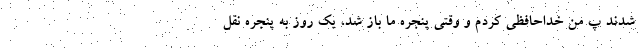
شدند پ من خداحافظی کردم و وقتی پنجره ما باز شد، یک روز به پنجره نقل